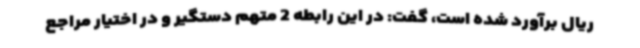
ریال برآورد شده است، گفت: در این رابطه 2 متهم دستگیر و در اختیار مراجع